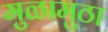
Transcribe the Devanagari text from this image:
मुळामुठा